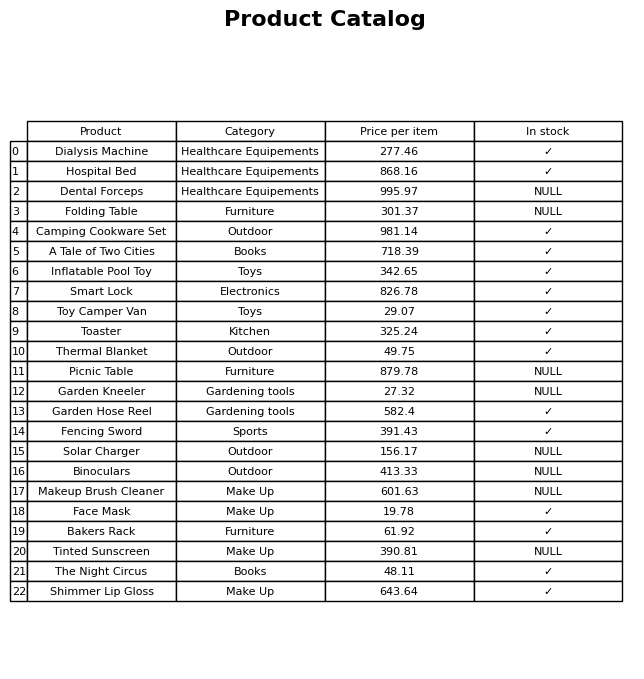
question: What is the stock status of the Picnic Table?
answer: NULL